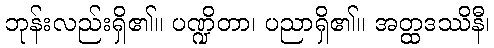
ဘုန်းလည်းရှိ၏။ ပဏ္ဍိတာ၊ ပညာရှိ၏။ အတ္ထဒဿိနီ၊